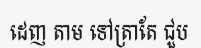
ដេញ តាម ទៅត្រាតែ ជួប